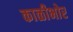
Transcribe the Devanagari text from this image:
काळीभोर